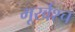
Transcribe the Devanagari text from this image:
मूर्खश्च